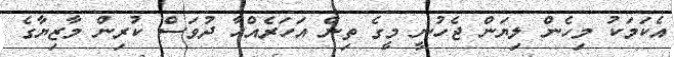
އެކަމަކު މިހެން ލިޔަން ޖެހުނީ މީގެ ތިން އަހަރެއްހާ ދުވަސް ކުރިން މާޒިޔާގެ